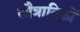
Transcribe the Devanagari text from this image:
सौत्रातिकों